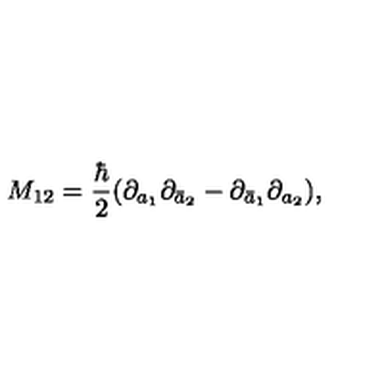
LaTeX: M _ { 1 2 } = \frac { \hbar } { 2 } ( \partial _ { a _ { 1 } } \partial _ { \bar { a } _ { 2 } } - \partial _ { \bar { a } _ { 1 } } \partial _ { a _ { 2 } } ) ,